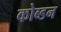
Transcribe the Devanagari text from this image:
कोब्डन